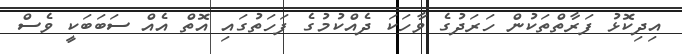
އިދިކޮޅު ފަރާތްތަކުން ހަރަދުގެ ވާހަކަ ދެއްކުމުގެ ފަހަތުގައި އޮތް އެއް ސަބަބަކީ ވެސް